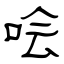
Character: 哙